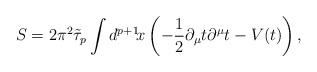
\begin{align*}S=2\pi^2\tilde{\tau}_p\int d^{p+1}\!x\left(-\frac{1}{2}\partial_{\mu}t\partial^{\mu}t-V(t)\right), \end{align*}